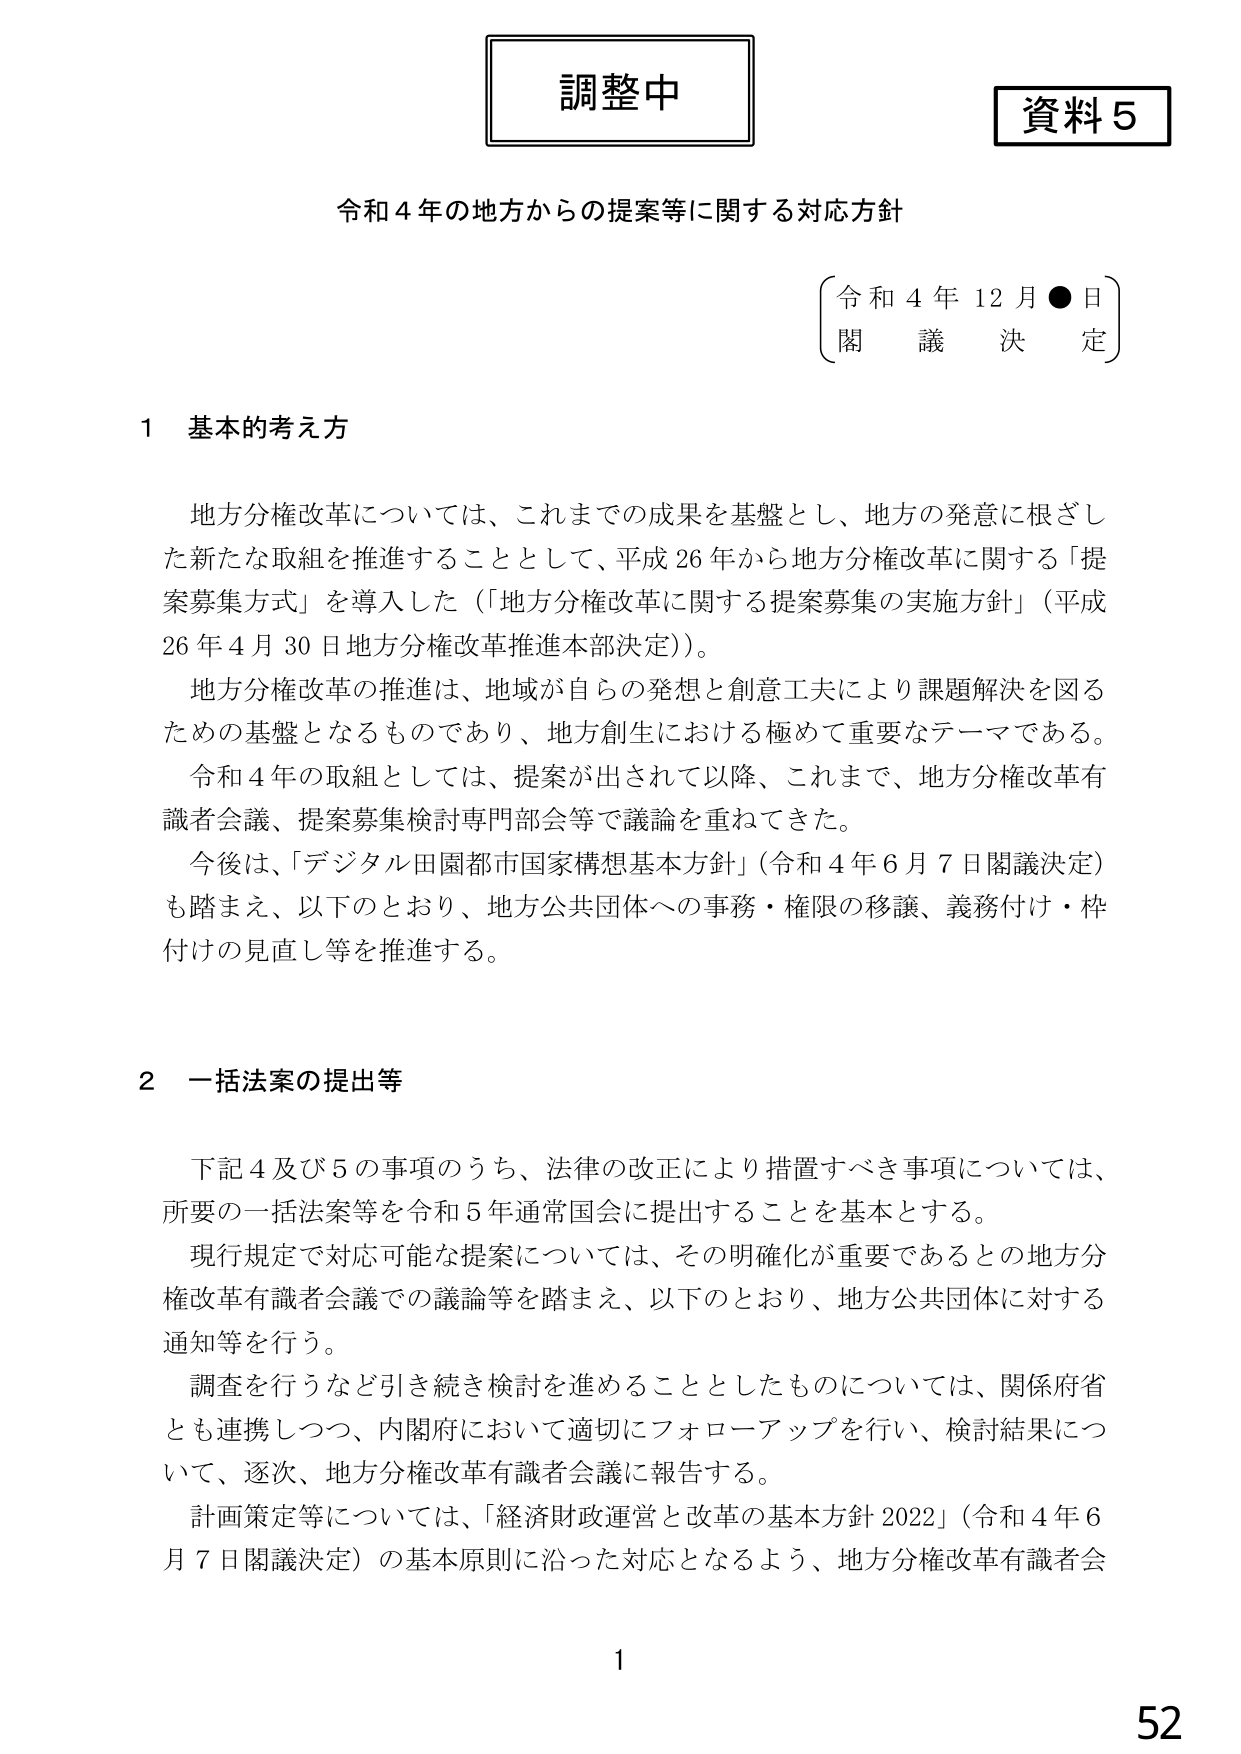
調整中

資料５

令和４年の地方からの提案等に関する対応方針

（令和４年１２月●日）
（閣議決定）

１ 基本的考え方

地方分権改革については、これまでの成果を基盤とし、地方の発意に根ざした新たな取組を推進することとして、平成26年から地方分権改革に関する「提案募集方式」を導入した（「地方分権改革に関する提案募集の実施方針」（平成26年４月30日地方分権改革推進本部決定））。

地方分権改革の推進は、地域が自らの発想と創意工夫により課題解決を図るための基盤となるものであり、地方創生における極めて重要なテーマである。

令和４年の取組としては、提案が出されて以降、これまで、地方分権改革有識者会議、提案募集検討専門部会等で議論を重ねてきた。

今後は、「デジタル田園都市国家構想基本方針」（令和４年６月７日閣議決定）も踏まえ、以下のとおり、地方公共団体への事務・権限の移譲、義務付け・枠付けの見直し等を推進する。

２ 一括法案の提出等

下記４及び５の事項のうち、法律の改正により措置すべき事項については、所要の一括法案等を令和５年通常国会に提出することを基本とする。

現行規定で対応可能な提案については、その明確化が重要であるとの地方分権改革有識者会議での議論等を踏まえ、以下のとおり、地方公共団体に対する通知等を行う。

調査を行うなど引き続き検討を進めることとしたものについては、関係府省とも連携しつつ、内閣府において適切にフォローアップを行い、検討結果について、逐次、地方分権改革有識者会議に報告する。

計画策定等については、「経済財政運営と改革の基本方針2022」（令和４年６月７日閣議決定）の基本原則に沿った対応となるよう、地方分権改革有識者会

1

52